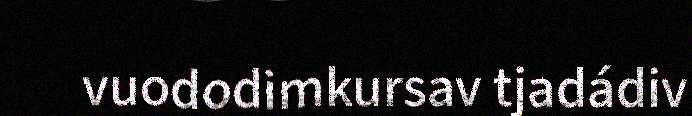
vuododimkursav tjadádiv